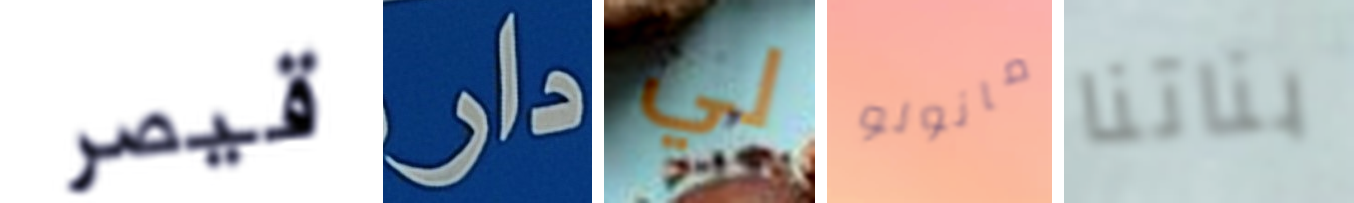
قيصر دار لي مانولو بناتنا